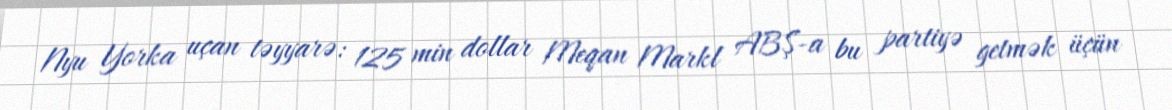
Nyu Yorka uçan təyyarə: 125 min dollar Meqan Markl ABŞ-a bu partiyə getmək üçün